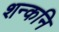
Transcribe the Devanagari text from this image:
शन्कनि